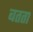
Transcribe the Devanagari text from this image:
बतता